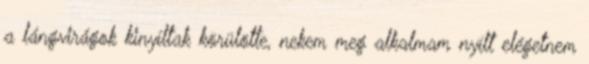
a lángvirágok kinyíltak körülötte, nekem meg alkalmam nyílt elégetnem